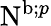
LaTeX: \mathrm{N}^{\mathrm{b};p}